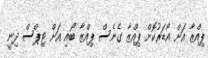
ޕިއްޒާ އަށް އޯޑަރުކޮށް ޕިއްޒާ ގެނެސް ޕިއްޒާ ބޯއި އަށް ޓިޕްސް ދިނީ